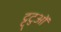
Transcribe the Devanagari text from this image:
ट्ट्टुओं